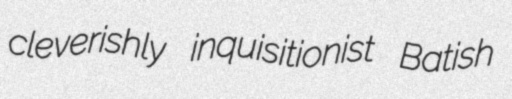
cleverishly inquisitionist Batish